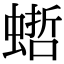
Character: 𧎴